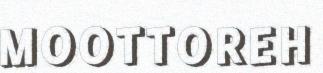
MOOTTOREH